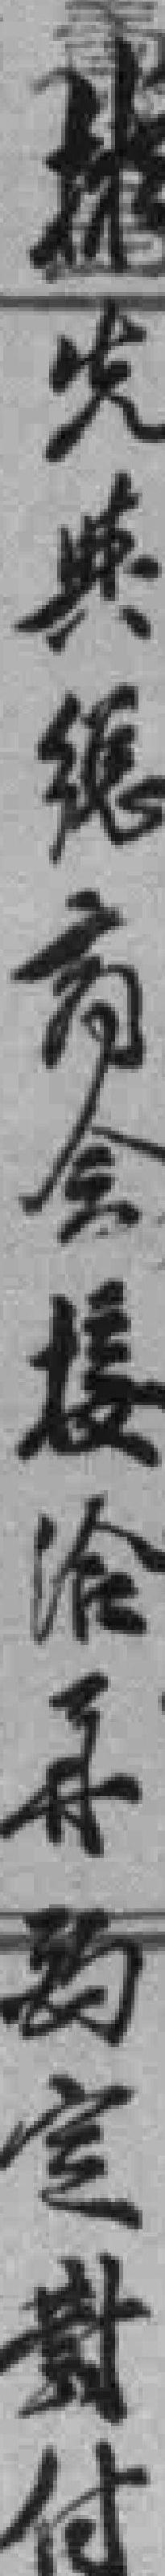
*先與縂商会接洽再為定對付